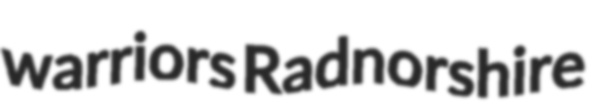
warriors Radnorshire